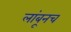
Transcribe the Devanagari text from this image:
लांबूनच